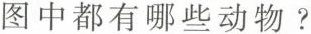
图中都有哪些动物？